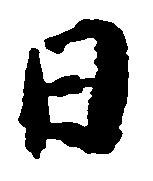
日